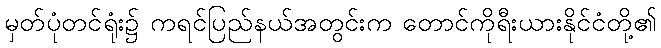
မှတ်ပုံတင်ရုံး၌ ကရင်ပြည်နယ်အတွင်းက တောင်ကိုရီးယားနိုင်ငံတို့၏